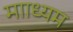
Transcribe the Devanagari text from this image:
मााध्यम